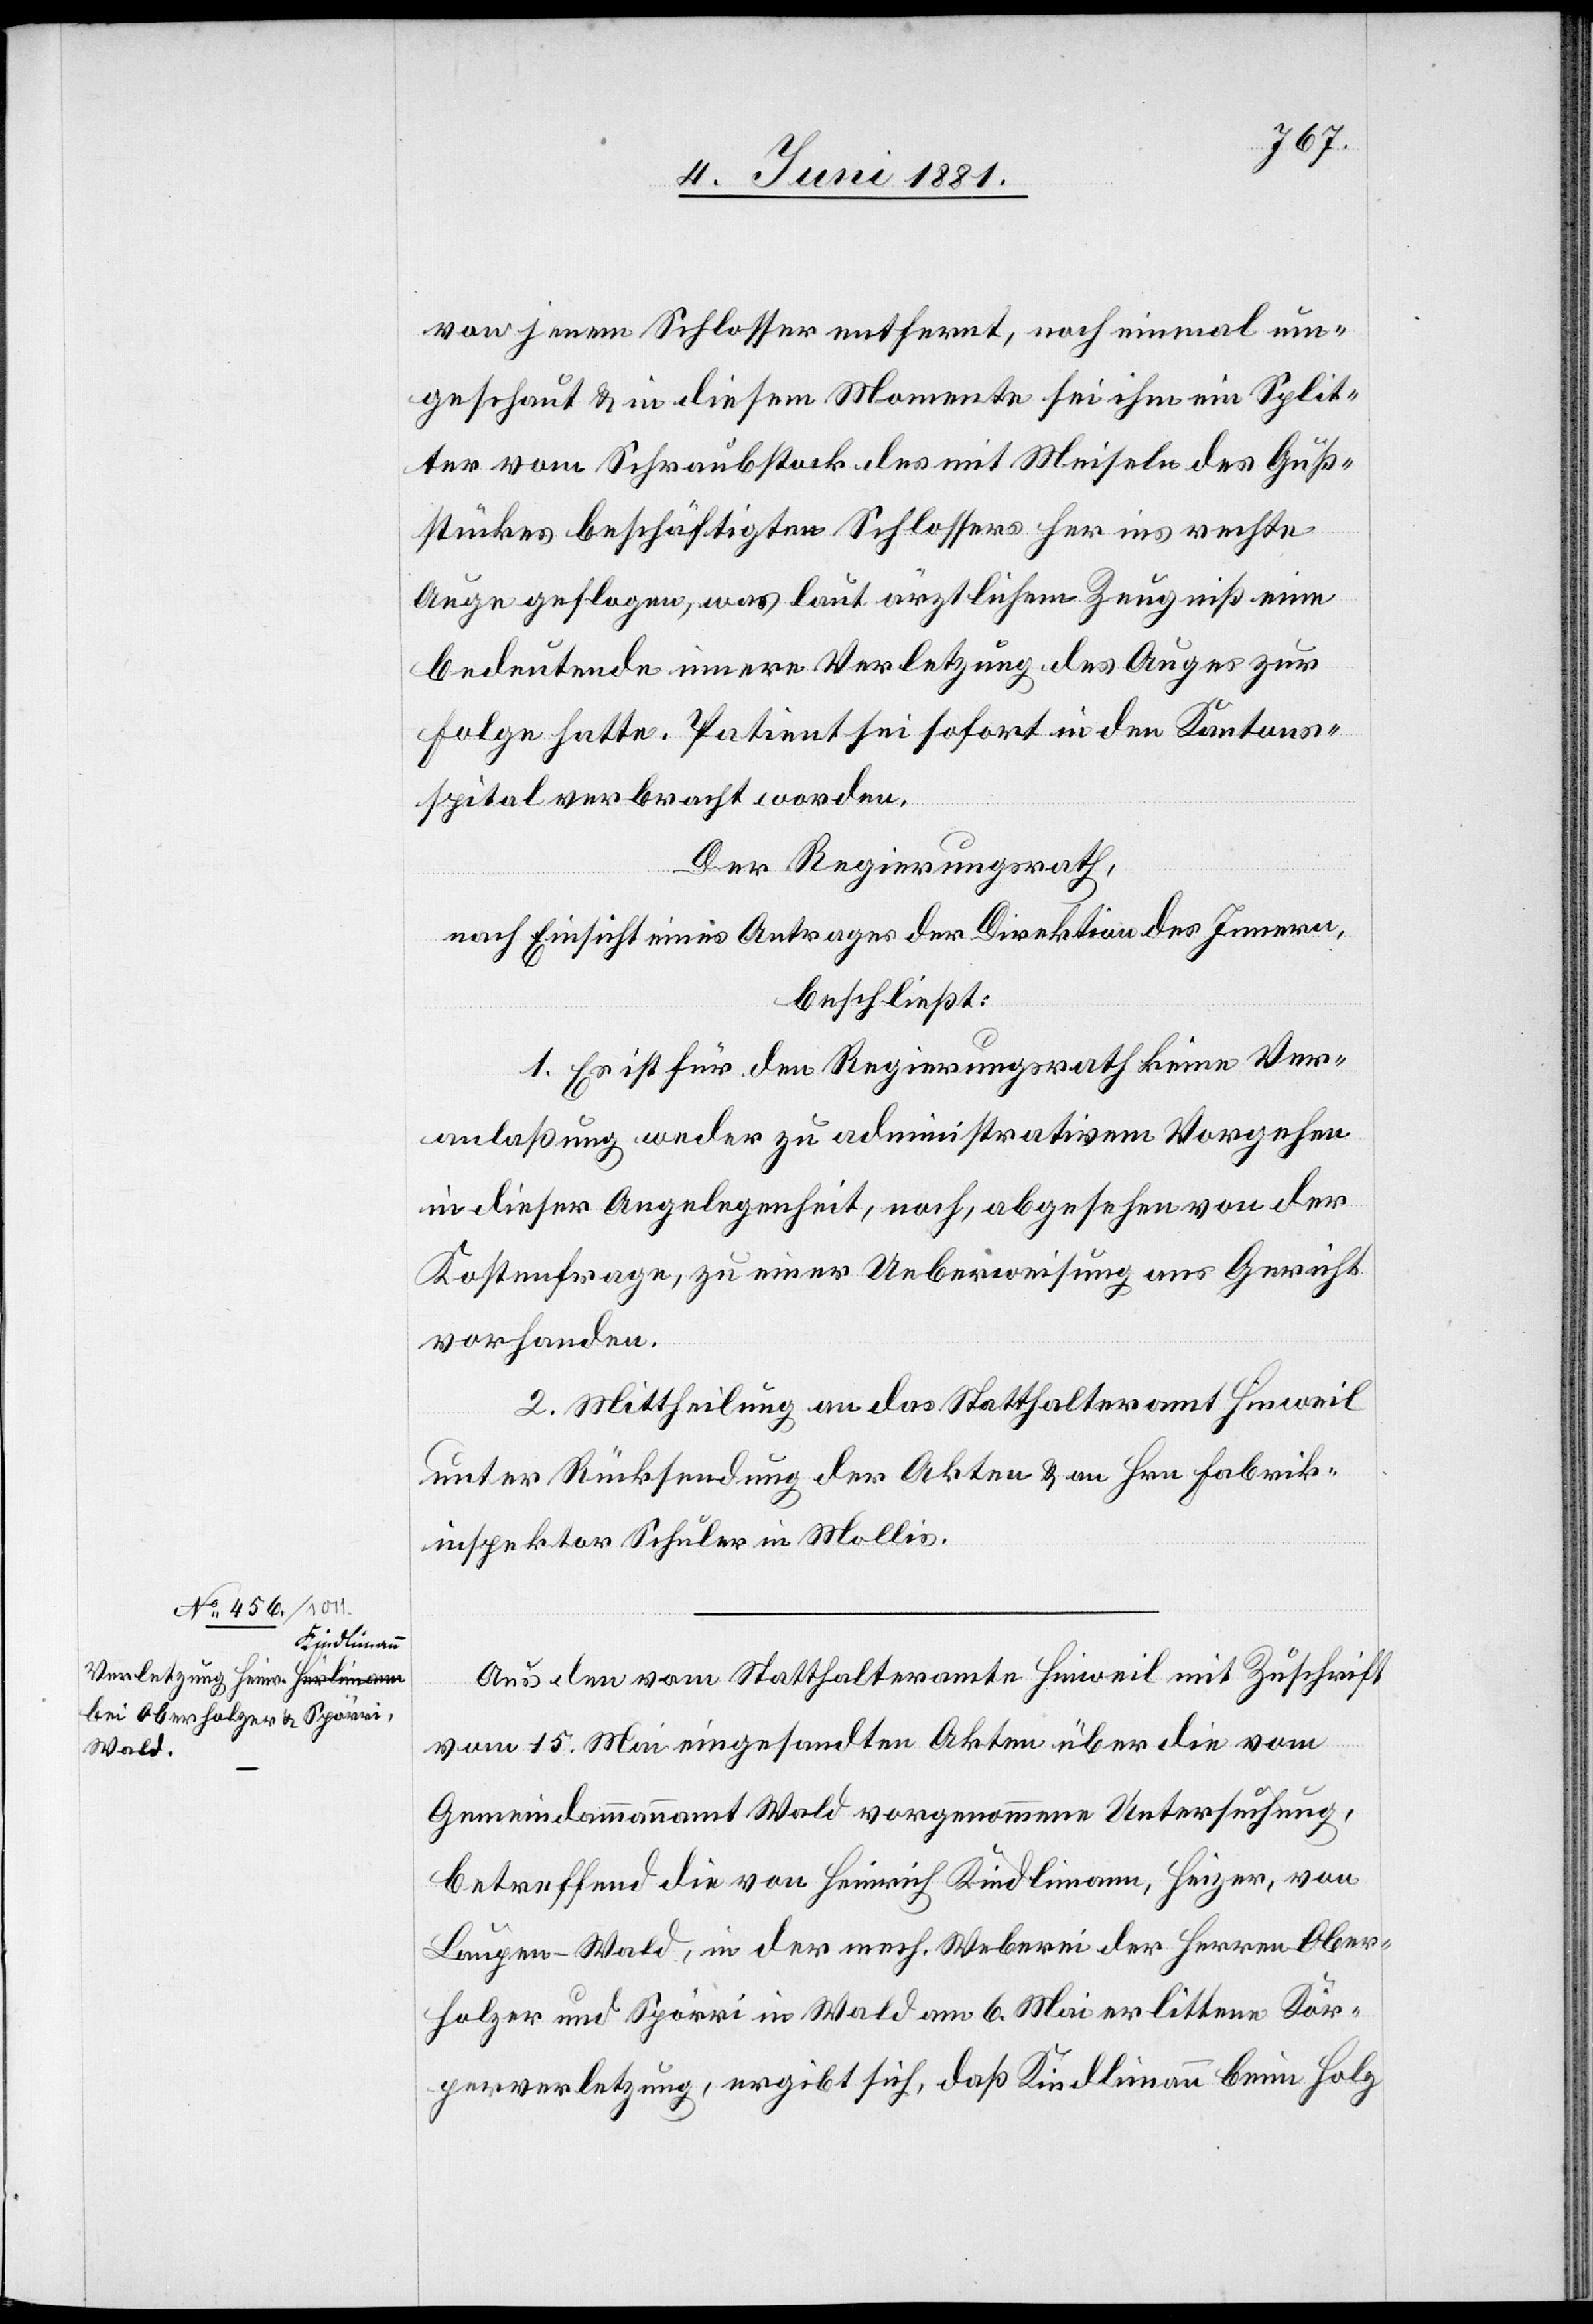
von jenem Schlosser entfernt, noch einmal um¬
geschaut & in diesem Momente sei ihm ein Spli¬
ter vom Schraubstock des mit Meiseln des Guß¬
stückes beschäftigten Schlossers her ins rechte
Auge geflogen, was laut ärztlichem Zeugniß eine
bedeutende innere Verletzung des Auges zur
Folge hatte. Patient sei sofort in den Kantons¬
spital verbracht worden.
Der Regierungsrath,
nach Einsicht eines Antrages der Direktion des Innern,
beschließt:
1. Es ist für den Regierungsrath keine Ver¬
anlaßung weder zu administrativem Vorgehen
in dieser Angelegenheit, noch, abgesehen von der
Kostenfrage, zu einer Ueberweisung ans Gericht
vorhanden.
2. Mittheilung an das Statthalteramt Hinweil
unter Rücksendung der Akten & an Hrn. Fabrik¬
inspektor Schuler in Mollis.
Aus den vom Statthalteramte Hinweil mit Zuschrift
vom 15. Mai eingesandten Akten über die vom
Gemeindammannamt Wald vorgenommene Untersuchung,
betreffend die von Heinrich Kindlimann, Heizer, von
Laupen - Wald, in der mech. Weberei der Herren Ober¬
holzer und Spörri in Wald am 6. Mai erlittene Kör¬
perverletzung, ergibt sich, daß Kindlimann beim Holz